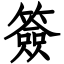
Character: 簽